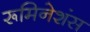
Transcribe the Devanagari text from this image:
रूमिनेशंस